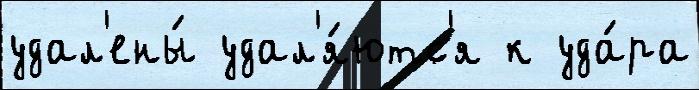
удал'ены́ удал'я́ютс'я к уда́ра